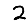
Digit: 2